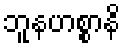
ဘူနဟစ္စာနိ